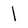
Character: l